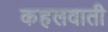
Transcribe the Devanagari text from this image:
कहलवाती